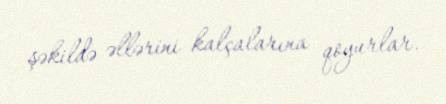
şəkildə əllərini kalçalarına qoyurlar.